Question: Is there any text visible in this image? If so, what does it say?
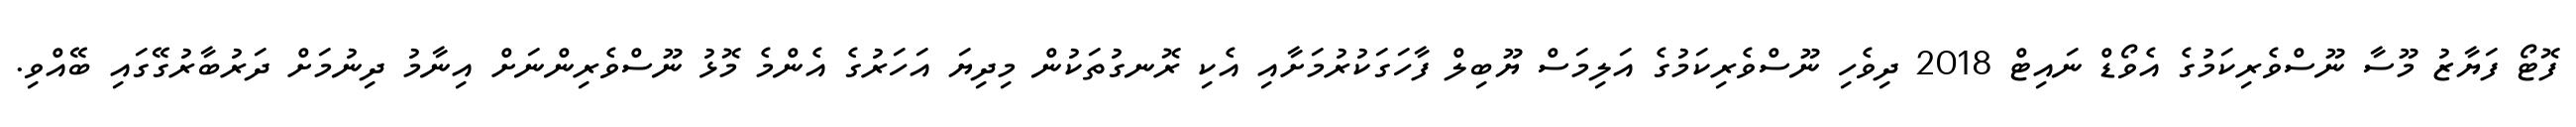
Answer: ފޮޓޯ ފަޔާޒު މޫސާ ނޫސްވެރިކަމުގެ އެވޯޑް ނައިޓް 2018 ދިވެހި ނޫސްވެރިކަމުގެ އަލިމަސް ޔޫބިލް ފާހަގަކުރުމަށާއި އެކި ރޮނގުތަކުން މިދިޔަ އަހަރުގެ އެންމެ މޮޅު ނޫސްވެރިންނަށް އިނާމު ދިނުމަށް ދަރުބާރުގޭގައި ބޭއްވި.